Insane asylums in Bengal annual reports 1867-1875 - 1867-1875
Year: 1867
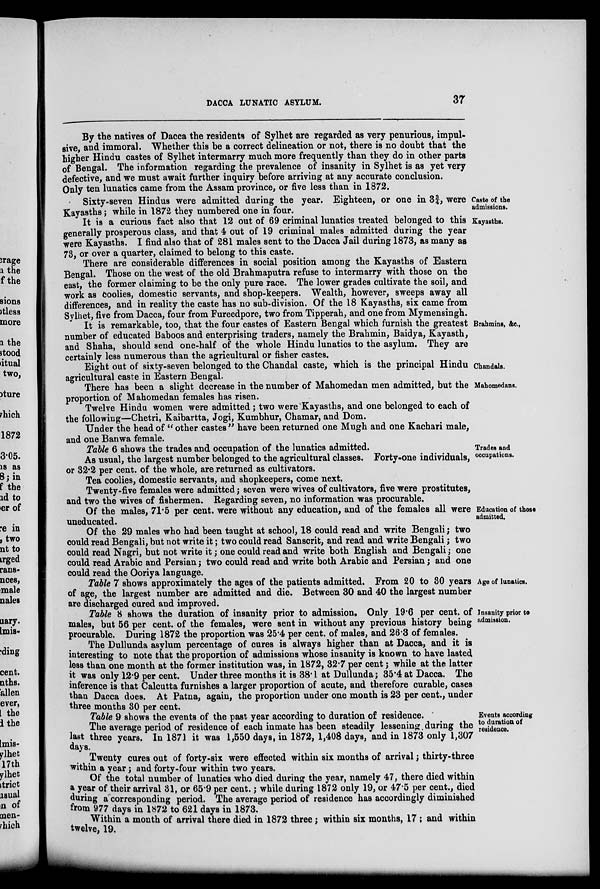
DACCA LUNATIC ASYLUM.
37
Caste of the
admissions.
By the natives of Dacca the residents of Sylhet are regarded as very penurious, impul-
sive, and immoral. Whether this be a correct delineation or not, there is no doubt that the
higher Hindu castes of Sylhet intermarry much more frequently than they do in other parts
of Bengal. The information regarding the prevalence of insanity in Sylhet is as yet very
defective, and we must await further inquiry before arriving at any accurate conclusion.
Only ten lunatics came from the Assam province, or five less than in 1872.
Sixty-seven Hindus were admitted during the year. Eighteen, or one in 3¾, were
Kayasths; while in 1872 they numbered one in four.
Kayasths.
It is a curious fact also that 12 out of 69 criminal lunatics treated belonged to this
generally prosperous class, and that 4 out of 19 criminal males admitted during the year
were Kayasths. I find also that of 281 males sent to the Dacca Jail during 1873, as many as
73, or over a quarter, claimed to belong to this caste.
There are considerable differences in social position among the Kayasths of Eastern
Bengal. Those on the west of the old Brahmaputra refuse to intermarry with those on the
east, the former claiming to be the only pure race. The lower grades cultivate the soil, and
work as coolies, domestic servants, and shop-keepers. Wealth, however, sweeps away all
differences, and in reality the caste has no sub-division. Of the 18 Kayasths, six came from
Sylhet, five from Dacca, four from Fureedpore, two from Tipperah, and one from Mymensingh.
Brahmins, &c.,
It is remarkable, too, that the four castes of Eastern Bengal which furnish the greatest
number of educated Baboos and enterprising traders, namely the Brahmin, Baidya, Kayasth,
and Shaha, should send one-half of the whole Hindu lunatics to the asylum. They are
certainly less numerous than the agricultural or fisher castes.
Chandals.
Eight out of sixty-seven belonged to the Chandal caste, which is the principal Hindu
agricultural caste in Eastern Bengal.
Mahomedans.
There has been a slight decrease in the number of Mahomedan men admitted, but the
proportion of Mahomedan females has risen.
Twelve Hindu women were admitted; two were Kayasths, and one belonged to each of
the following—Chetri, Kaibartta, Jogi, Kumbhur, Chamar, and Dom.
Under the head of " other castes " have been returned one Mugh and one Kachari male,
and one Banwa female.
Trades and
occupations.
Table 6 shows the trades and occupation of the lunatics admitted.
As usual, the largest number belonged to the agricultural classes. Forty-one individuals,
or 32.2 per cent. of the whole, are returned as cultivators.
Tea coolies, domestic servants, and shopkeepers, come next.
Twenty-five females were admitted; seven were wives of cultivators, five were prostitutes,
and two the wives of fishermen. Regarding seven, no information was procurable.
Education of those
admitted.
Of the males, 71.5 per cent. were without any education, and of the females all were
uneducated.
Of the 29 males who had been taught at school, 18 could read and write Bengali; two
could read Bengali, but not write it ; two could read Sanscrit, and read and write Bengali ; two
could read Nagri, but not write it ; one could read and write both English and Bengali ; one
could read Arabic and Persian; two could read and write both Arabic and Persian; and one
could read the Ooriya language.
Age of lunatics.
Table 7 shows approximately the ages of the patients admitted. From 20 to 30 years
of age, the largest number are admitted and die. Between 30 and 40 the largest number
are discharged cured and improved.
Insanity prior to
admission.
Table 8 shows the duration of insanity prior to admission. Only 19.6 per cent. of
males, but 56 per cent. of the females, were sent in without any previous history being
procurable. During 1872 the proportion was 25.4 per cent. of males, and 26.3 of females.
The Dullunda asylum percentage of cures is always higher than at Dacca, and it is
interesting to note that the proportion of admissions whose insanity is known to have lasted
less than one month at the former institution was, in 1872, 32.7 per cent; while at the latter
it was only 12.9 per cent. Under three months it is 38.1 at Dullunda; 35.4 at Dacca. The
inference is that Calcutta furnishes a larger proportion of acute, and therefore curable, cases
than Dacca does. At Patna, again, the proportion under one month is 23 per cent., under
three months 30 per cent.
Events according
to duration of
residence.
Table 9 shows the events of the past year according to duration of residence.
The average period of residence of each inmate has been steadily lessening during the
last three years. In 1871 it was 1,550 days, in 1872, 1,408 days, and in 1873 only 1,307
days.
Twenty cures out of forty-six were effected within six months of arrival; thirty-three
within a year; and forty-four within two years.
Of the total number of lunatics who died during the year, namely 47, there died within
a year of their arrival 31, or 65.9 per cent.; while during 1872 only 19, or 47.5 per cent., died
during a corresponding period. The average period of residence has accordingly diminished
from 977 days in 1872 to 621 days in 1873.
Within a month of arrival there died in 1872 three ; within six months, 17 ; and within
twelve, 19.